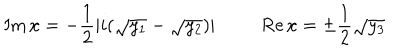
\mathrm { I m } \, x = - \frac { 1 } { 2 } | i ( \sqrt { y _ { 1 } } - \sqrt { y _ { 2 } } ) | \ \ \mathrm { R e } \, x = \pm \frac { 1 } { 2 } \sqrt { y _ { 3 } }